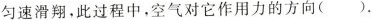
匀速滑翔，此过程中，空气对它作用力的方向().